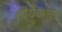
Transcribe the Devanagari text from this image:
मौर्यकला